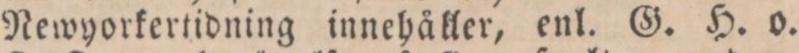
Newyorkertidning innehåller, enl. G. H. o.